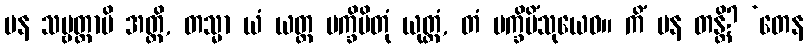
ပန သဗ္ဗတ္ထာပိ အတ္ထိ, တသ္မာ ယံ ယတ္ထ ပက္ခိပိတုံ ယုတ္တံ, တံ ပက္ခိပိံသုယေဝ။ ကိံ ပန တန္တိ? ‘တေန